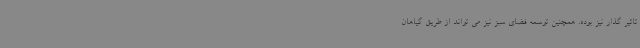
تاثیر گذار نیز بوده. همچنین توسعه فضای سبز نیز می تواند از طریق گیاهان